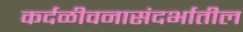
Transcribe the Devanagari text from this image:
कर्दळीवनासंदर्भातील